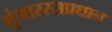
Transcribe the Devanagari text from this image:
शृंगाररसप्रधान